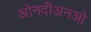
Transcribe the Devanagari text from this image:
ओनदीअनओ